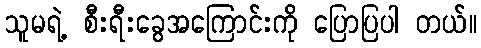
သူမရဲ့ စီးရီးခွေအကြောင်းကို ပြောပြပါ တယ်။